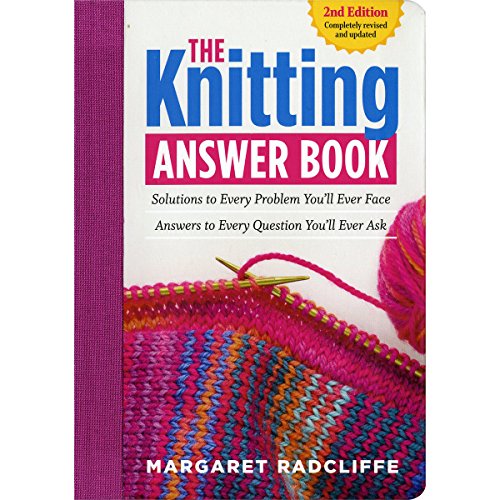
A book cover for The Knitting Answer Book, 2nd Edition: Solutions to Every Problem You'll Ever Face; Answers to Every Question You'll Ever Ask; Margaret Radcliffe; Crafts, Hobbies & Home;